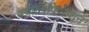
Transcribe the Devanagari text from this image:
क्वालिफ़िकेशन